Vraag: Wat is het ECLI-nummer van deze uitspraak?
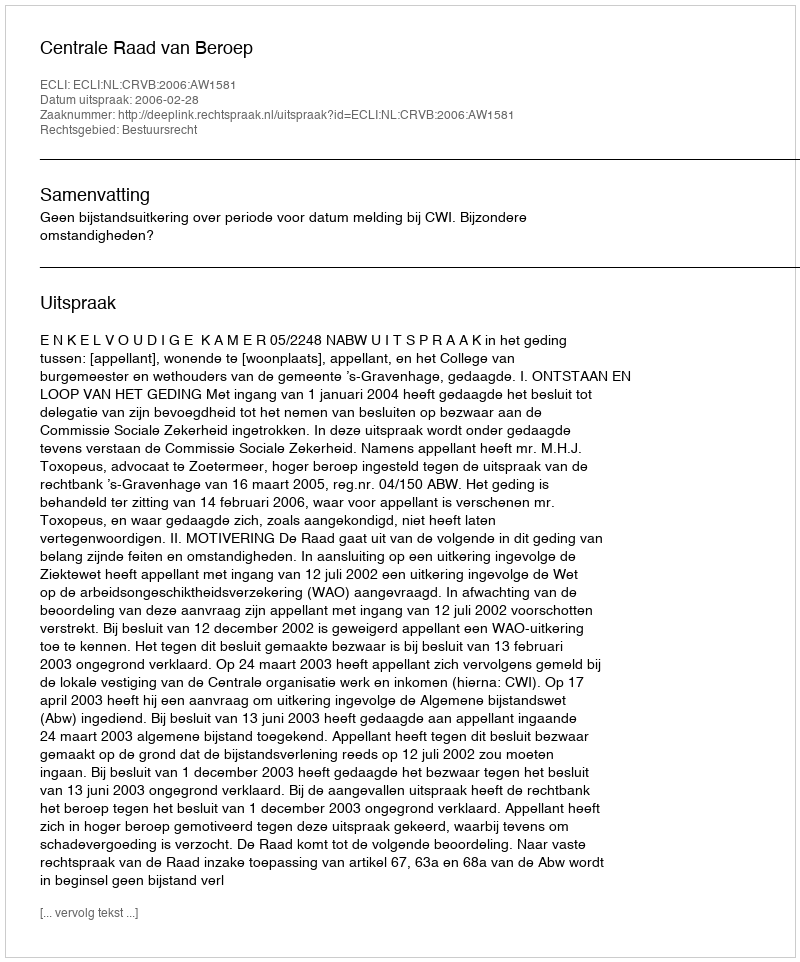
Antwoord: ECLI:NL:CRVB:2006:AW1581